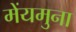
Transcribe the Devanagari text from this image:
मेंयमुना